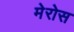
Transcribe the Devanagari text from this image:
मेरोस